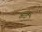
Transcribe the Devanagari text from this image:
वरदौं